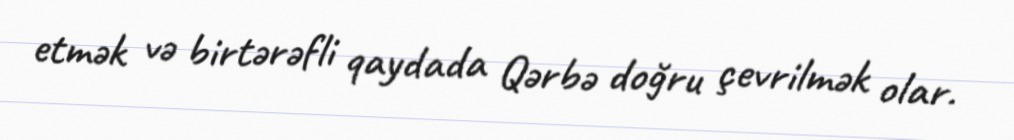
etmək və birtərəfli qaydada Qərbə doğru çevrilmək olar.